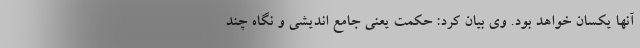
آنها یکسان خواهد بود. وی بیان کرد: حکمت یعنی جامع اندیشی و نگاه چند